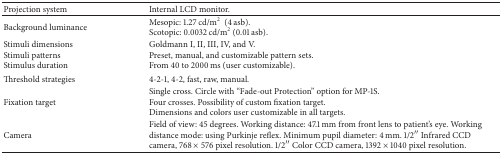
<table><thead><tr><td><b>Projection system </b></td><td><b>Internal LCD monitor. </b></td></tr></thead><tbody><tr><td>Background luminance</td><td>Mesopic: 1.27 cd/m<sup>2</sup> (4 asb). Scotopic: 0.0032 cd/m<sup>2</sup> (0.01 asb). </td></tr><tr><td>Stimuli dimensions Stimuli patterns Stimulus duration </td><td>Goldmann I, II, III, IV, and V. Preset, manual, and customizable pattern sets.From 40 to 2000 ms (user customizable). </td></tr><tr><td>Threshold strategies </td><td>4-2-1, 4-2, fast, raw, manual.</td></tr><tr><td>Fixation target </td><td>Single cross. Circle with “Fade-out Protection” option for MP-1S. Four crosses. Possibility of custom fixation target. Dimensions and colors user customizable in all targets. </td></tr><tr><td>Camera</td><td>Field of view: 45 degrees. Working distance: 47.1 mm from front lens to patient&#x27;s eye. Working distance mode: using Purkinje reflex. Minimum pupil diameter: 4 mm. 1/2′′ Infrared CCD camera, 768 × 576 pixel resolution. 1/2′′ Color CCD camera, 1392 × 1040 pixel resolution.</td></tr></tbody></table>